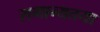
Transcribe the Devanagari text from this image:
समान्यतया